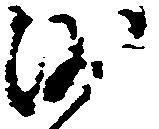
沙